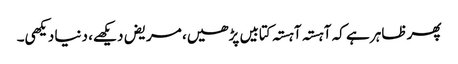
پھر ظاہر ہے کہ آہستہ آہستہ کتابیں پڑھیں، مریض دیکھے، دنیا دیکھی۔